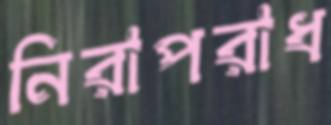
নিরাপরাধ